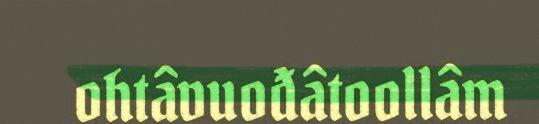
ohtâvuođâtoollâm